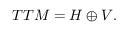
T T M = H \oplus V .